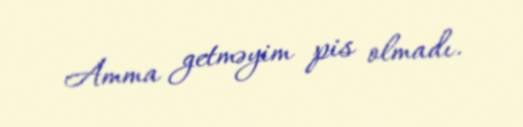
Amma getməyim pis olmadı.